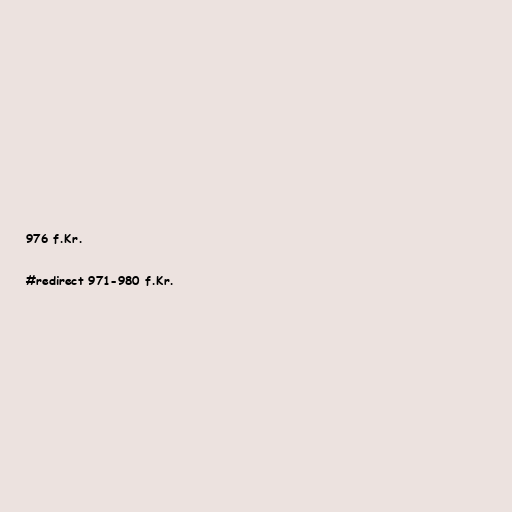
976 f.Kr.

#redirect 971-980 f.Kr.